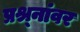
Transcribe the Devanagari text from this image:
प्रश्र्नांवर